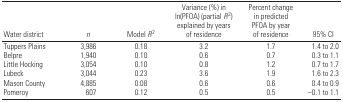
<table><thead><tr><td><b>Water district</b></td><td><b><i>n</i></b></td><td><b>Model <i>R</i><sup>2</sup></b></td><td><b>Variance (%) in ln(PFOA) (partial <i>R</i><sup>2</sup>) explained by years of residence</b></td><td><b>Percent change in predicted PFOA by year of residence</b></td><td><b>95% CI</b></td></tr></thead><tbody><tr><td>Tuppers Plains</td><td>3,986</td><td>0.18</td><td>3.2</td><td>1.7</td><td>1.4 to 2.0</td></tr><tr><td>Belpre</td><td>1,940</td><td>0.10</td><td>0.6</td><td>0.7</td><td>0.3 to 1.1</td></tr><tr><td>Little Hocking</td><td>3,054</td><td>0.10</td><td>0.8</td><td>1.2</td><td>0.7 to 1.7</td></tr><tr><td>Lubeck</td><td>3,044</td><td>0.23</td><td>3.6</td><td>1.9</td><td>1.6 to 2.3</td></tr><tr><td>Mason County</td><td>4,885</td><td>0.08</td><td>0.6</td><td>0.6</td><td>0.4 to 0.9</td></tr><tr><td>Pomeroy</td><td>607</td><td>0.12</td><td>0.5</td><td>0.5</td><td>−0.1 to 1.1</td></tr></tbody></table>